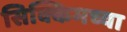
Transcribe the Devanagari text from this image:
सिक्किमच्या